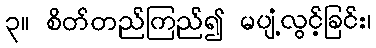
၃။ စိတ်တည်ကြည်၍ မပျံ့လွင့်ခြင်း၊